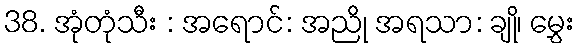
38. အုံတုံသီး : အရောင်: အညို အရသာ: ချို၊ မွှေး